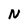
Character: N